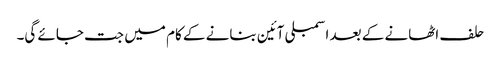
حلف اٹھانے کے بعد اسمبلی آئین بنانے کے کام میں جت جائے گی۔